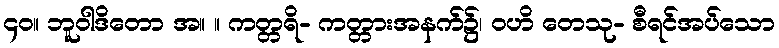
၄၀။ ဘူဝါဒိတော အ။ ။ ကတ္တရိ- ကတ္တားအနက်၌၊ ဝဟိ တေသု- စီရင်အပ်သော